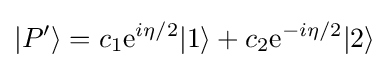
|P'\rangle =c_{1}{\rm {e}}^{i\eta /2}|1\rangle +c_{2}{\rm {e}}^{-i\eta /2}|2\rangle